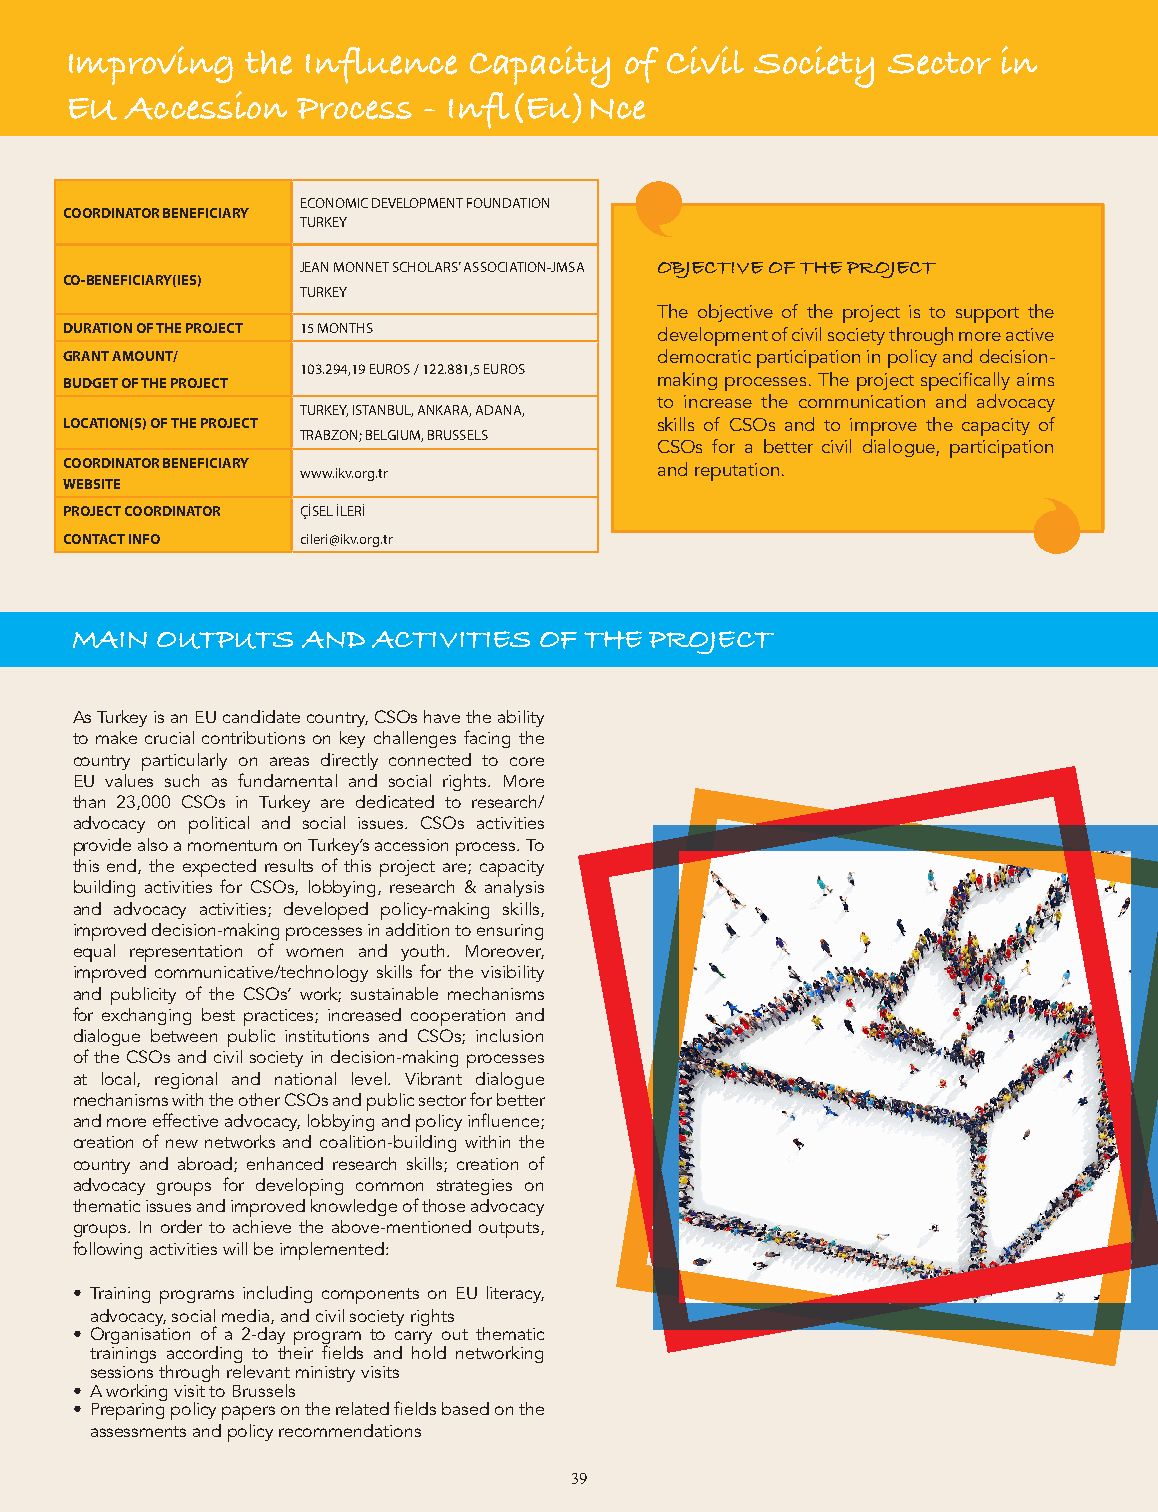
Improving   the Influence  Capacity  of Civil Society  Sector in
 Reinforcing Capacity of Birlik Foundation
 EU  Accession   Process - Infl(Eu)Nce
 ECONOMIC DEVELOPMENT FOUNDATION
 COORDINATOR BENEFICIARY
 TURKEY
 JEAN MONNET SCHOLARS’ ASSOCIATION-JMSA OBJECTIVE OF THE PROJECT
 CO-BENEFICIARY(IES)
 TURKEY
 The objective of the project is to support the
 DURATION OF THE PROJECT 15 MONTHS      development of civil society through more active
 GRANT AMOUNT/                          democratic participation in policy and decision-
 103.294,19 EUROS / 122.881,5 EUROS
 BUDGET OF THE PROJECT                  making processes. The project specifically aims
 to increase the communication and advocacy
 TURKEY, ISTANBUL, ANKARA, ADANA,
 LOCATION(S) OF THE PROJECT             skills of CSOs and to improve the capacity of
 TRABZON; BELGIUM, BRUSSELS
 CSOs for a better civil dialogue, participation
 COORDINATOR BENEFICIARY www.ikv.org.tr and reputation.
 WEBSITE
 PROJECT COORDINATOR ÇİSEL İLERİ
 CONTACT INFO    cileri@ikv.org.tr
 MAIN OUTPUTS AND ACTIVITIES OF THE PROJECT MAIN OUTPUTS AND ACTIVITIES OF THE PROJECT
 As Turkey is an EU candidate country, CSOs have the ability
 to make crucial contributions on key challenges facing the
 country particularly on areas directly connected to core
 EU values such as fundamental and social rights. More
 than 23,000 CSOs in Turkey are dedicated to research/
 advocacy on political and social issues. CSOs activities
 provide also a momentum on Turkey’s accession process. To
 this end, the expected results of this project are; capacity
 building activities for CSOs, lobbying, research & analysis
 and advocacy activities; developed policy-making skills,
 improved decision-making processes in addition to ensuring
 equal representation of women and youth. Moreover,
 improved communicative/technology skills for the visibility
 and publicity of the CSOs’ work; sustainable mechanisms
 for exchanging best practices; increased cooperation and
 dialogue between public institutions and CSOs; inclusion
 of the CSOs and civil society in decision-making processes
 at local, regional and national level. Vibrant dialogue
 mechanisms with the other CSOs and public sector for better
 and more effective advocacy, lobbying and policy influence;
 creation of new networks and coalition-building within the
 country and abroad; enhanced research skills; creation of
 advocacy groups for developing common strategies on
 thematic issues and improved knowledge of those advocacy
 groups. In order to achieve the above-mentioned outputs,
 following activities will be implemented:
 • Training programs including components on EU literacy,
 advocacy, social media, and civil society rights
 • Organisation of a 2-day program to carry out thematic
 trainings according to their fields and hold networking
 sessions through relevant ministry visits
 • A working visit to Brussels
 • Preparing policy papers on the related fields based on the
 assessments and policy recommendations
 39